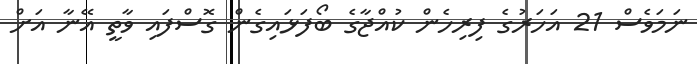
ނަމަވެސް 21 އަހަރުގެ ފިރިހެން ކުއްޖާގެ ބޯފަޅައިގެން ގޮސްފައި ވާތީ އޭނާ އަށް